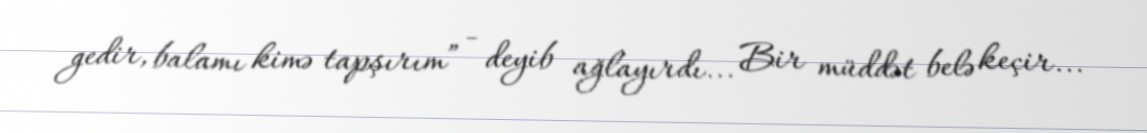
gedir, balamı kimə tapşırım” - deyib ağlayırdı... Bir müddət belə keçir...